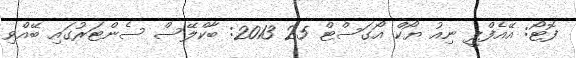
ފޮޓޯ: އޭއެފްޕީ ނިއު ޔޯކް އޯގަސްޓް 25 2013: ބާކްލޭސް ސެންޓަރުގައި ބޭއްވި